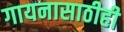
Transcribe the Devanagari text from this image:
गायनासाठीही